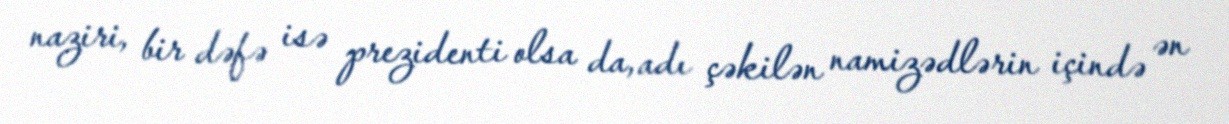
naziri, bir dəfə isə prezidenti olsa da, adı çəkilən namizədlərin içində ən